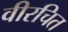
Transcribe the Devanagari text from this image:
वीरचित